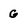
Character: G